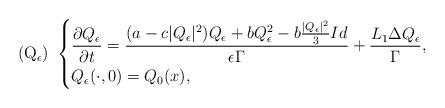
LaTeX: \begin{align*} (\rm Q_{\epsilon})\,\, \left\{\begin{aligned}&\frac{\partial Q_{\epsilon}}{\partial t}=\frac{(a-c|Q_{\epsilon}|^2)Q_{\epsilon}+bQ_{\epsilon}^2-b\frac{|Q_{\epsilon}|^2}{3}Id}{\epsilon\Gamma}+\frac{L_1\Delta Q_{\epsilon}}{\Gamma},\\&Q_{\epsilon}(\cdot,0)=Q_{0}(x),\end{aligned}\right. \end{align*}